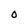
Character: 0